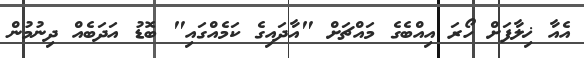
އެއާ ޚިލާފަށް ހޯރަ އިއްބެގެ މައްޗަށް "އާދައިގެ ކަމެއްގައި" ބޮޑު އަދަބެއް ދިނުމުން